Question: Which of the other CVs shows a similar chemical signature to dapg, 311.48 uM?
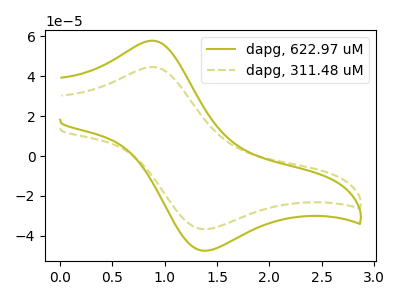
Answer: <think>The olive curve "dapg, 622.97 uM" has an anodic peak at (0.90V, 57.90uA) and a cathodic peak at (1.35V, -47.40uA). The olive dashed curve "dapg, 311.48 uM" has an anodic peak at (0.90V, 44.70uA) and a cathodic peak at (1.35V, -36.60uA).
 All the peaks in "dapg, 622.97 uM" have a peak in "dapg, 311.48 uM" at the same potential. Every peak in "dapg, 622.97 uM" is higher than every peak in "dapg, 311.48 uM".</think>
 <answer>The CV with the most similar shape to "dapg, 622.97 uM" is "dapg, 311.48 uM".</answer>
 <eval>"dapg, 311.48 uM"</eval>